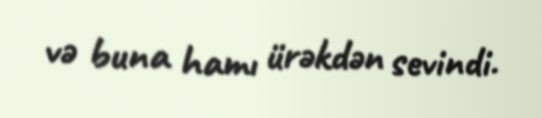
və buna hamı ürəkdən sevindi.